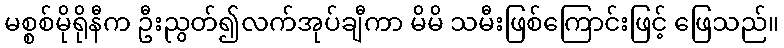
မစ္စစ်မိုရိုနီက ဦးညွတ်၍လက်အုပ်ချီကာ မိမိ သမီးဖြစ်ကြောင်းဖြင့် ဖြေသည်။